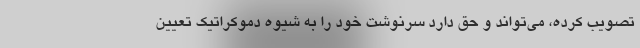
تصویب کرده، می‌تواند و حق دارد سرنوشت خود را به شیوه دموکراتیک تعیین